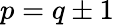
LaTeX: p=q\pm 1